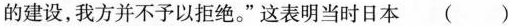
的建设，我方并不予以拒绝。”这表明当时日本 ( )